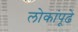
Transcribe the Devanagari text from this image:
लोकांपूढे